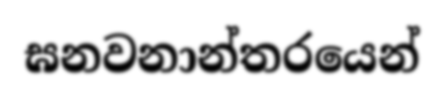
ඝනවනාන්තරයෙන්